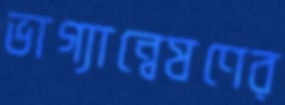
ভাগ্যান্বেষণের